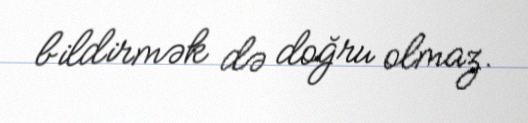
bildirmək də doğru olmaz.